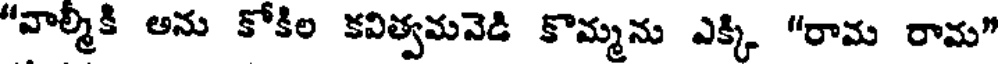
"వాల్మికి అను కోకిల కవిత్వమవెడి కొమ్మను ఎక్కి "రామ రామ"